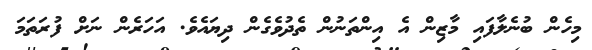
މިހެން ބުނެލާފައި މާޒިން އެ އިންތަނުން ތެދުވެގެން ދިޔައެވެ. އަހަރެން ނަށް ފުރަތަމަ